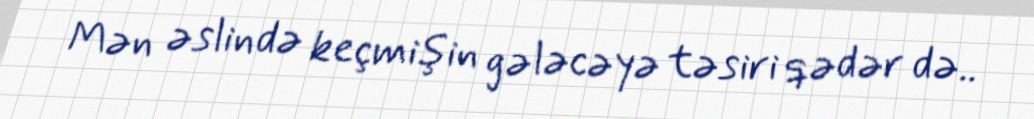
Mən əslində keçmişin gələcəyə təsiri qədər də..